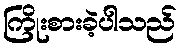
ကြိုးစားခဲ့ပါသည်